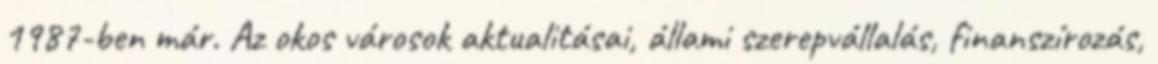
1987-ben már. Az okos városok aktualitásai, állami szerepvállalás, finanszírozás,